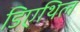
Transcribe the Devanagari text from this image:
डिएथिल